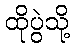
ထိုပွဲသို့